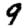
Digit: 9